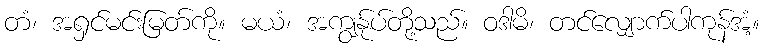
တံ၊ အရှင်မင်းမြတ်ကို။ မယံ၊ အကျွန်ုပ်တို့သည်။ ဝဒါမိ၊ တင်လျှောက်ပါကုန်အံ့။